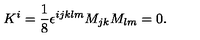
K ^ { i } = \frac { 1 } { 8 } \epsilon ^ { i j k l m } M _ { j k } M _ { l m } = 0 .